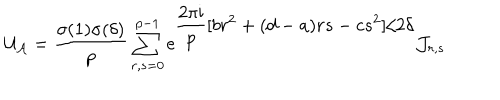
LaTeX: { \cal U } _ { \cal A } = \frac { \sigma ( 1 ) \sigma ( \delta ) } { p } \sum _ { r , s = 0 } ^ { p - 1 } \mathrm { e } ^ { \displaystyle \frac { 2 \pi \mathrm { i } } { p } [ b r ^ { 2 } + ( d - a ) r s - c s ^ { 2 } ] / 2 \delta } { \cal J } _ { r , s }